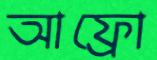
আফ্রো